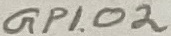
Text: GPIO2